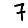
Digit: 7